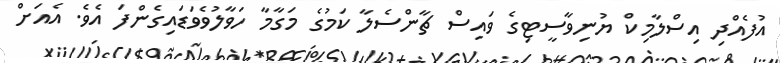
އުފެއްދި އިސްލާމިކް ޔުނިވާސީޓިގެ ވައިސް ޗާންސެލާ ކަމުގެ މަގާމާ ހަވާލުވެވަޑައިގެންފަ އެވެ. އެއަށް